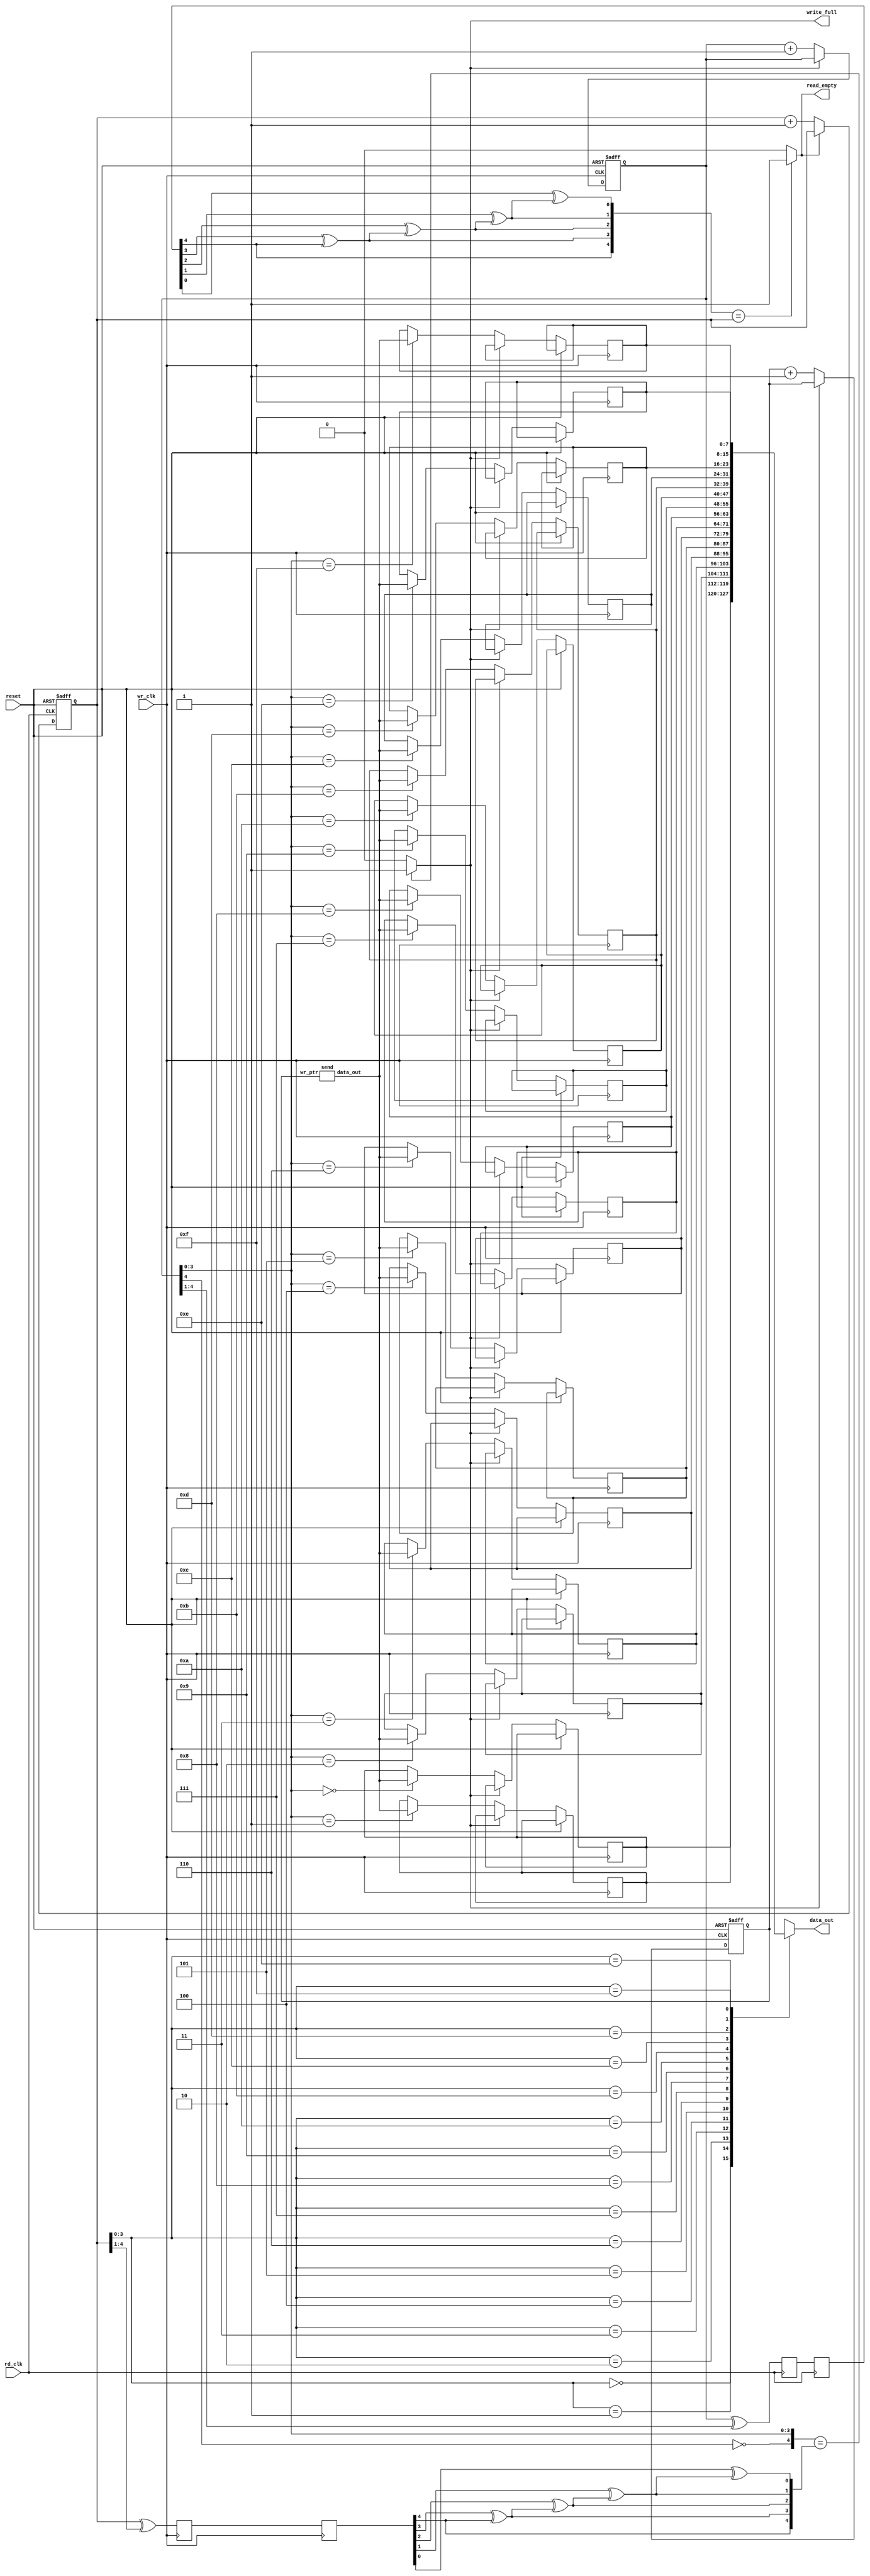
`timescale 1ns / 1ps


module asyc_fifo(data_out, write_full, read_empty,
rd_clk, wr_clk, reset);

parameter WIDTH = 8;
parameter POINTER = 4;
output [WIDTH-1 : 0] data_out;
output write_full;
output read_empty;
wire [WIDTH-1 : 0] data_in;
input rd_clk, wr_clk;
input reset;

reg [POINTER : 0] read_pointer, read_sync_1, read_sync_2;
reg [POINTER : 0] write_pointer, write_sync_1, write_sync_2;
wire [POINTER:0] read_pointer_g,write_pointer_g;

parameter DEPTH = 1 << POINTER;  //16

reg [WIDTH-1 : 0] mem [DEPTH-1 : 0];

wire [POINTER : 0] read_pointer_sync;
wire [POINTER: 0] write_pointer_sync;
reg full,empty;
reg [7:0] tr_ptr;

//--write logic--//

always @(posedge wr_clk or posedge reset) begin
if (reset) begin
write_pointer <= 0;
tr_ptr<=0;
end
else if (full == 1'b0) begin
write_pointer <= write_pointer + 1;
tr_ptr<=tr_ptr+1;
mem[write_pointer[POINTER-1 : 0]] <= data_in;
end
end

send s(tr_ptr,data_in);

//--read pointer synchronizer controled by write clock--//

always @(posedge wr_clk) begin
read_sync_1 <= read_pointer_g;
read_sync_2 <= read_sync_1;
end

//--read logic--//

always @(posedge rd_clk or posedge reset) begin
if (reset) begin
read_pointer <= 0;
end
else if (empty == 1'b0) begin
read_pointer <= read_pointer + 1;
end
end

//--write pointer synchronizer controled by read clock--//

always @(posedge rd_clk) begin
write_sync_1 <= write_pointer_g;
write_sync_2 <= write_sync_1;
end

//--Combinational logic--//
//--Binary pointer--//

always @(*)
begin
if({~write_pointer[POINTER],write_pointer[POINTER-1:0]}==read_pointer_sync)
full = 1;
else
full = 0;
end


always @(*)
begin
if(write_pointer_sync==read_pointer)
empty = 1;
else
empty = 0;
end

assign data_out = mem[read_pointer[POINTER-1 : 0]];


//--binary code to gray code--//

assign write_pointer_g = write_pointer ^ (write_pointer >> 1);
assign read_pointer_g = read_pointer ^ (read_pointer >> 1);

//--gray code to binary code--//

assign write_pointer_sync[4]=write_sync_2[4];
assign write_pointer_sync[3]=write_sync_2[3] ^ write_pointer_sync[4];
assign write_pointer_sync[2]=write_sync_2[2] ^ write_pointer_sync[3];
assign write_pointer_sync[1]=write_sync_2[1] ^ write_pointer_sync[2];
assign write_pointer_sync[0]=write_sync_2[0] ^ write_pointer_sync[1];


assign read_pointer_sync[4]=read_sync_2[4];
assign read_pointer_sync[3]=read_sync_2[3] ^ read_pointer_sync[4];
assign read_pointer_sync[2]=read_sync_2[2] ^ read_pointer_sync[3];
assign read_pointer_sync[1]=read_sync_2[1] ^ read_pointer_sync[2];
assign read_pointer_sync[0]=read_sync_2[0] ^ read_pointer_sync[1];

assign write_full = full;
assign read_empty = empty;

endmodule

module send(wr_ptr,data_out);

output [7:0] data_out;
input [7:0] wr_ptr;
reg [7:0] input_rom [127:0];
integer i;
initial begin

for(i=0;i<128;i=i+1)
input_rom[i] = i+10;
end

assign data_out = input_rom[wr_ptr];

endmodule